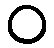
၀